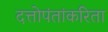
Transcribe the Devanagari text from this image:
दत्तोपंतांकरिता